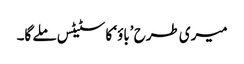
میری طرح ’باؤ‘ کا سٹیٹس ملے گا۔